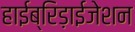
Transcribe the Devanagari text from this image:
हाईब्रिड़ाईजेशन